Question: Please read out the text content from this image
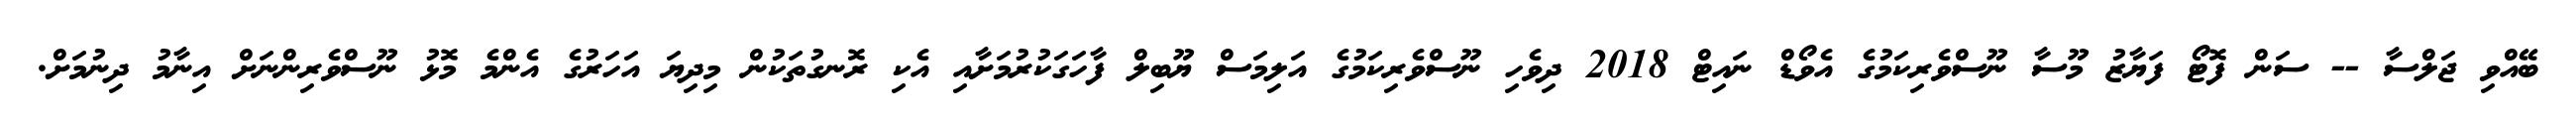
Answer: ބޭއްވި ޖަލްސާ -- ސަން ފޮޓޯ ފަޔާޒު މޫސާ ނޫސްވެރިކަމުގެ އެވޯޑް ނައިޓް 2018 ދިވެހި ނޫސްވެރިކަމުގެ އަލިމަސް ޔޫބިލް ފާހަގަކުރުމަށާއި އެކި ރޮނގުތަކުން މިދިޔަ އަހަރުގެ އެންމެ މޮޅު ނޫސްވެރިންނަށް އިނާމު ދިނުމަށް.